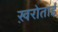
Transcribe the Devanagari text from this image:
ख़रोताई